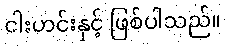
ငါးဟင်းနှင့် ဖြစ်ပါသည်။